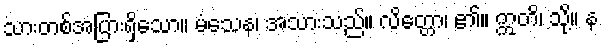
သားတစ်အပြားရှိသော။ မံသေန၊ အသားသည်။ လိတ္တော၊ ၏။ ဣတိ၊ သို့။ န